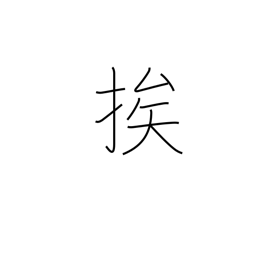
Meaning: draw near